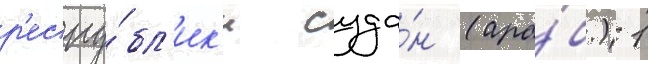
р'еспу́бл'ик'и суда́н (ара́б.) 1